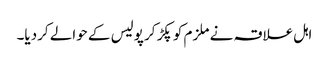
اہل علاقہ نے ملزم کو پکڑ کر پولیس کے حوالے کردیا۔